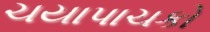
ચયાપાચકો